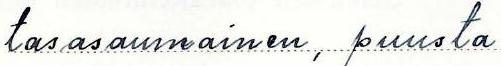
tasasaumainen, puusta